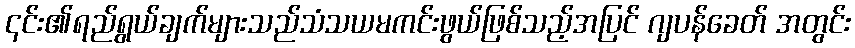
၎င်း၏ရည်ရွယ်ချက်များသည်သံသယမကင်းဖွယ်ဖြစ်သည့်အပြင် ဂျပန်ခေတ် အတွင်း